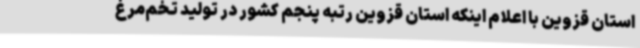
استان قزوین با اعلام اینکه استان قزوین رتبه پنجم کشور در تولید تخم‌مرغ